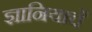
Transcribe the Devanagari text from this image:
ज्ञानियाचें